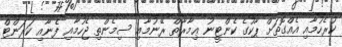
ކުރެހުމާއި އެއްގޮތަށް ޕާކުގެ ކެންޓީނު ޢިމާރާތް ރޭނުމާއި ސިމެންތި ޖެހުމާއި ފެނާއި ކަރަންޓް